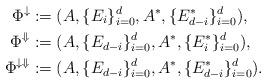
LaTeX: \begin{align*}\Phi^{\downarrow} &:= (A, \{E_i\}_{i=0}^d, A^*, \{E^*_{d-i}\}_{i=0}^d),\\\Phi^{\Downarrow} &:= (A, \{E_{d-i}\}_{i=0}^d, A^*, \{E^*_{i}\}_{i=0}^d),\\\Phi^{\downarrow\Downarrow} &:= (A, \{E_{d-i}\}_{i=0}^d, A^*, \{E^*_{d-i}\}_{i=0}^d).\end{align*}